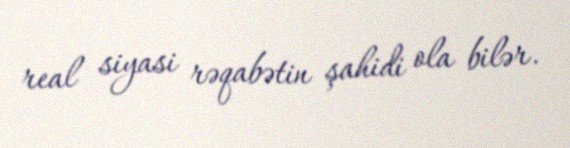
real siyasi rəqabətin şahidi ola bilər.